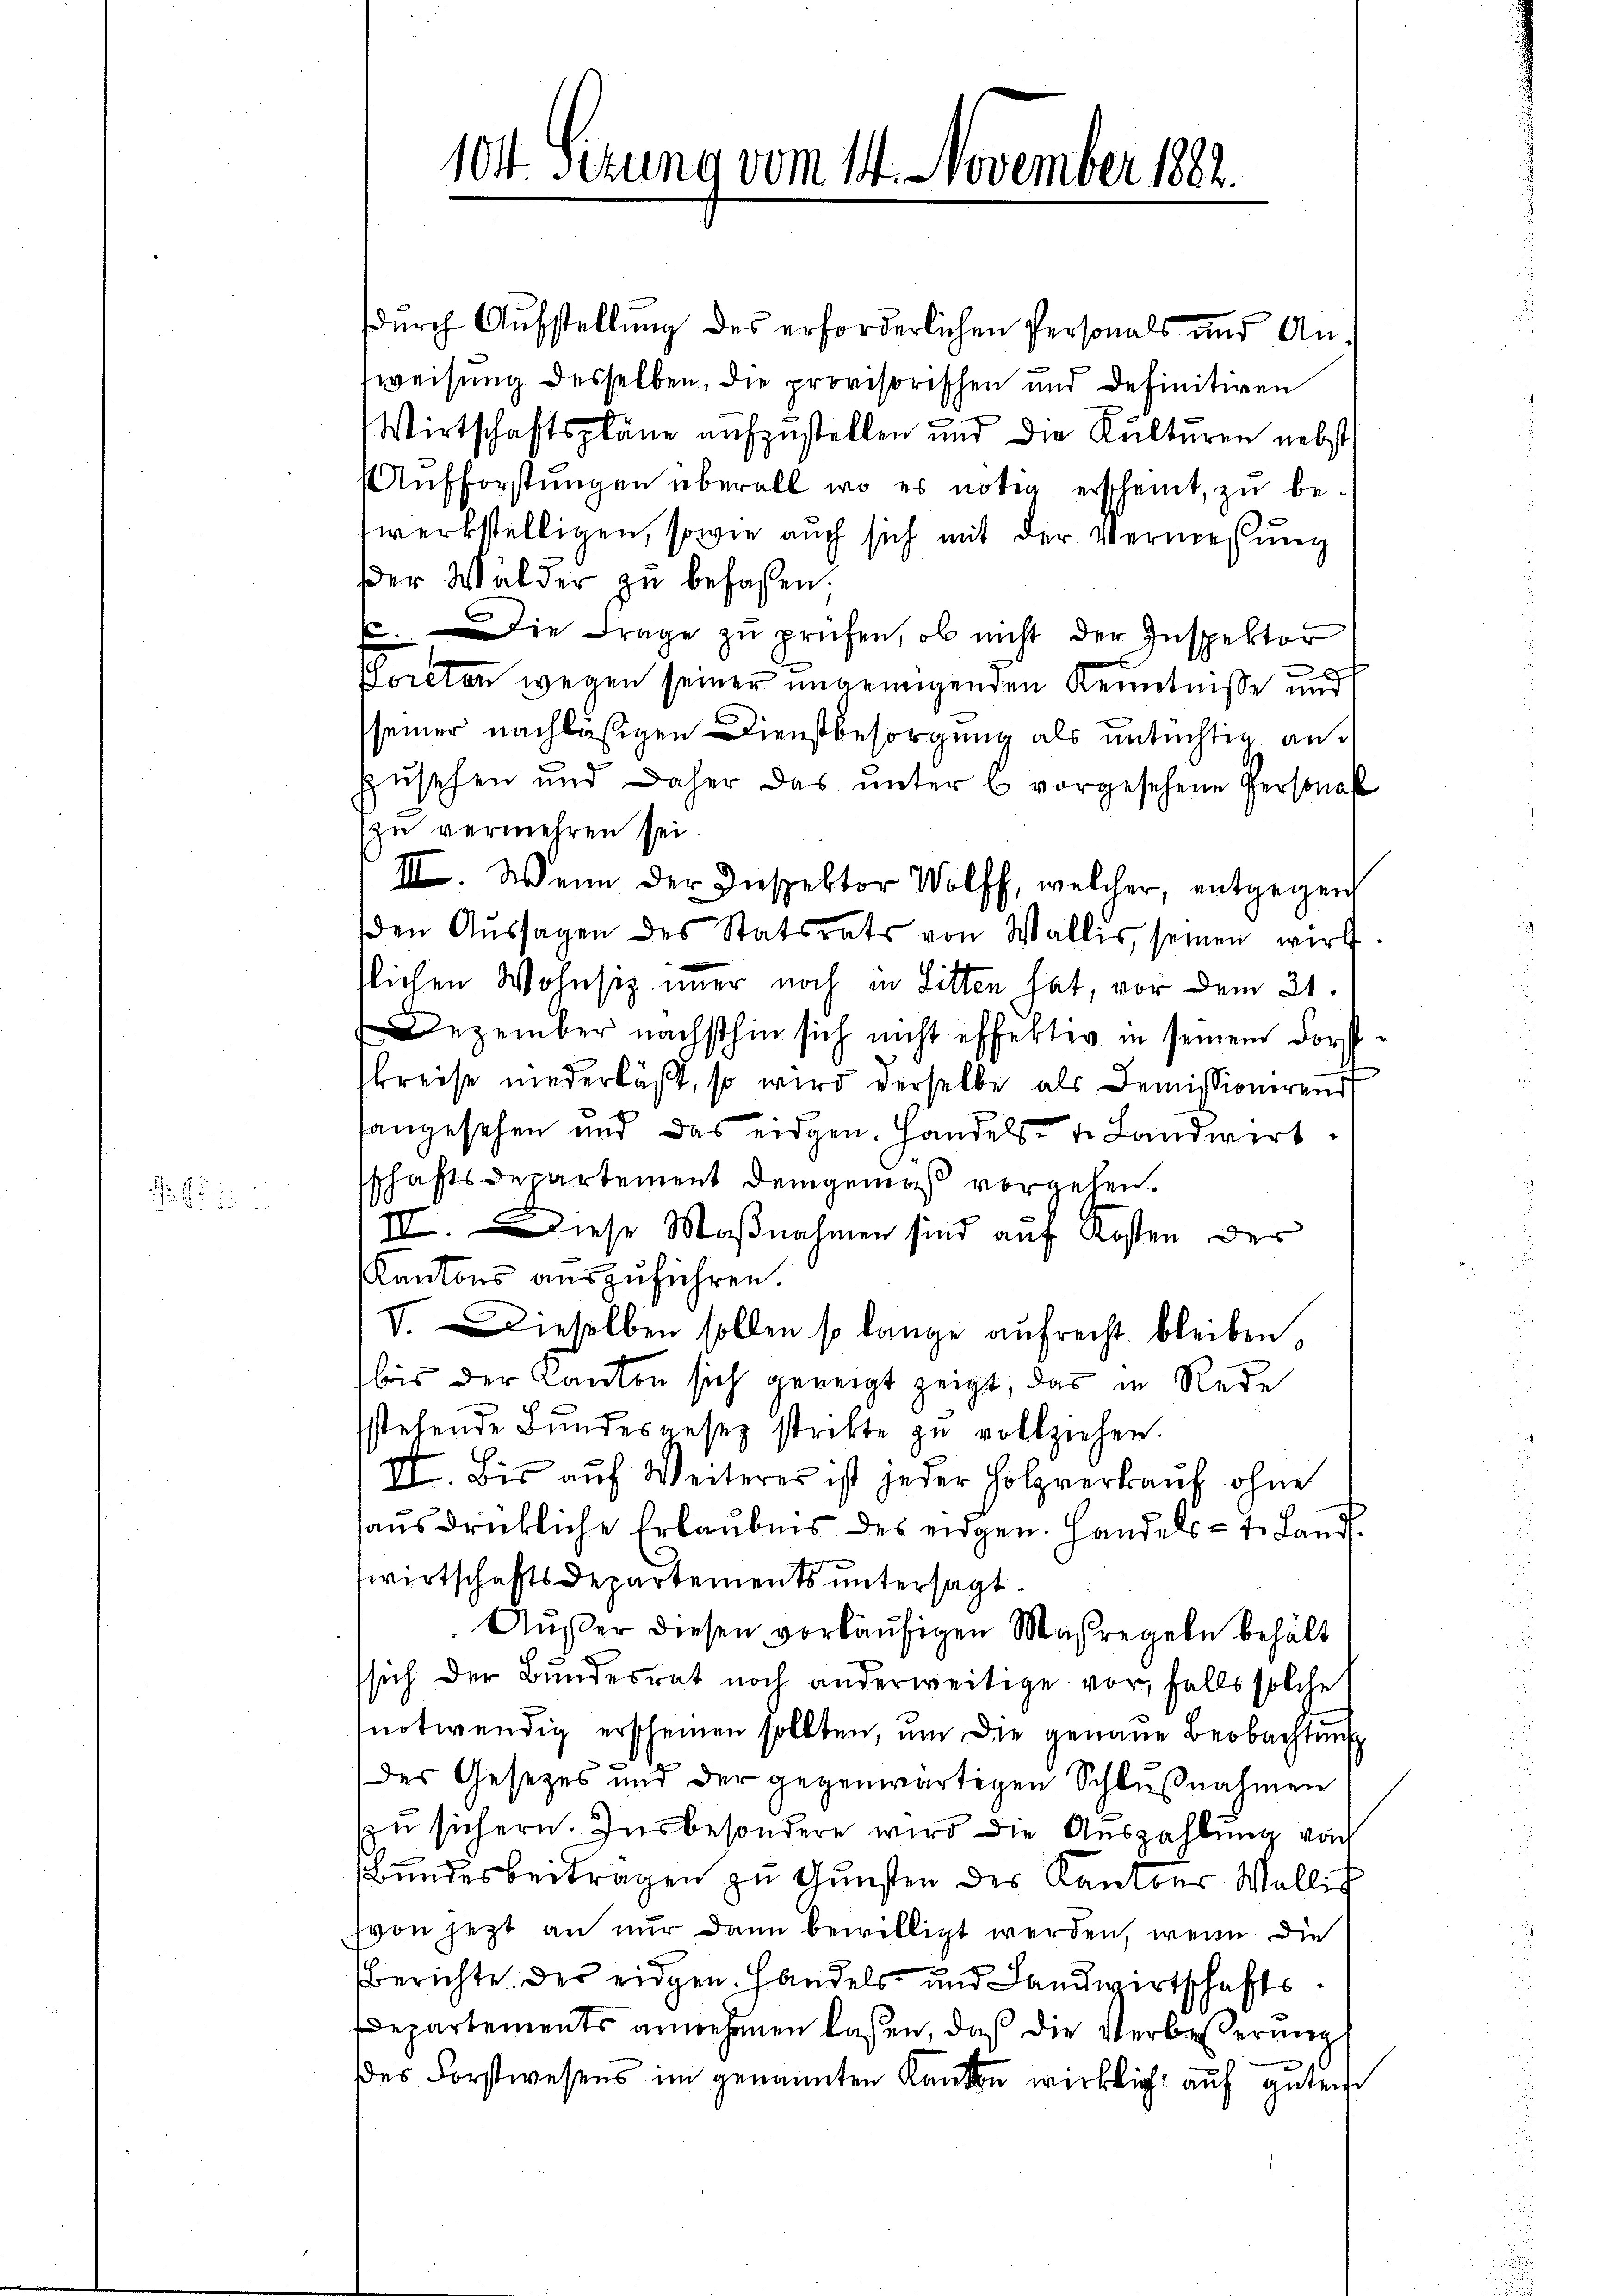
13 ff. 1

104 Fezung vom 14. November 1882.

durch Aufstellung des erforderlichen Personals und Anweisung desselben, die provisorischen und definitiven
Wirtschaftspläne aufzustellen und die Kulturen nebst
Aŭfforstŭngen überall wo es nötig erscheint, zŭ be-
werkstelligen, sowie auch sich mit der Vermessung
Der Wälder zu befaßen;
E. Die Frage zu prüfen, ob nicht der Inspektor
6
Coreten wegen seiner ungenügenden Kenntnisse und
seiner nachläßigen Dienstbesorgung als untüchtig anzusehen und daher das unter 6 vorgesehene Personal
zu vermehren sei.
III. Wenn der Inspektor Wolff, welcher, entgegen
den Aŭssagen des Statsrats von Wallis, seinen wirk
slichen Wohnsiz immer noch in Litten hat, vor dem 21.
Dezember nächsthin sich nicht effertig in seinem Forst
kreise niederläßt, so wird derselbe als Demissionerend
hangesehen und das eidgen. Handels- u. Landwirt
schaftsdepartement demgemäß vorgehen.
III. Diese Maßnahmen sind auf Kosten der
Kantons auszuführen.
V. Dieselben sollen so lange aufrecht bleiben,
bis der Kanton sich geneigt zeigt, das in Rede
sstehende Bŭndesgesez strikte zu vollziehen.
II. Bis auf Weiteres ist jeder Holzverkauf ohne
ausdrückliche Erlaubnis des eidgen. Handels- u. Landswirtschafts Departements untersagt.
Außer diesen vorläufigen Maßregeln behält
sich der Bundesrat noch anderweitige vor, falls solche
notwendig erscheinen sollten, um die genaue Beobachtung
des Gesetzes und der gegenwärtigen Schlußnahmen
zu sichern. Insbesondere wird die Auszahlung von
Bundesbeitragen zu Gunsten des Kantons Wallis
hvon jetzt an nur dann bewilligt werden, wenn die
berichte des eidgen. Handels- und Landwirtschaftsdepartements anwesenen laßen, daß die Verbesserung
des Forstwesens im genannten Kanton wirklich auf guten